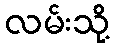
လမ်းသို့